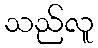
သည်လူ